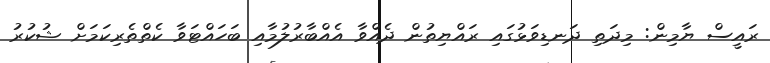
ރައީސް ޔާމިން: މިދަތި ދަނޑިވަޅުގައި ރައްޔިތުން ދެއްވާ އެއްބާރުލުމާއި ބަހައްޓަވާ ކެތްތެރިކަމަށް ޝުކުރު